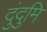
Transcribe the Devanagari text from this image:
दुंदुमि